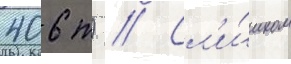
406 т) // Сл'и́шком